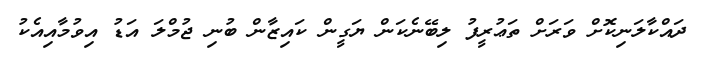
ދައްކާލަނިކޮށް ވަރަށް ތަޢުރީފު ލިބޭނެކަން ޔަގީން ކައިޒާން ބުނި ޖުމްލަ އަޑު އިވުމާއިއެކު